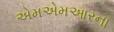
એમએમઆરના